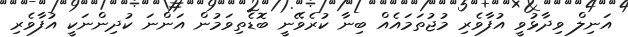
އަނިލް ވިދާޅުވީ އުފާވެރި މުޖުތަމައެއް ބިނާ ކުރެވޭނީ ބޮޑެތިވަމުން އަންނަ ކުދިންނަކީ އުފާވެރި